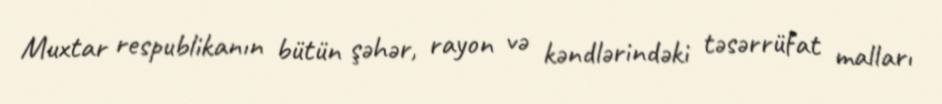
Muxtar respublikanın bütün şəhər, rayon və kəndlərindəki təsərrüfat malları